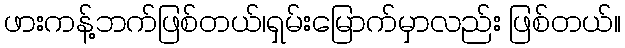
ဖားကန့်ဘက်ဖြစ်တယ်၊ရှမ်းမြောက်မှာလည်း ဖြစ်တယ်။